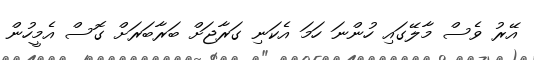
އޭރު ވެސް މާލޭގައި ހުންނަ ހަމަ އެކަނި ގަރާޖަށް ބަރާބަރަށް ގޮސް އެމީހުން